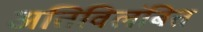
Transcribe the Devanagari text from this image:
अतिविलंबित